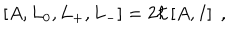
LaTeX: \left[ A , L _ { 0 } , L _ { + } , L _ { - } \right] = 2 \hbar \left[ A , I \right] \; ,